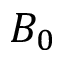
B _ { 0 }